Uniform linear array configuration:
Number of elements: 4
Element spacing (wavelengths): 0.75
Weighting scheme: hann
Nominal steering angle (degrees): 60
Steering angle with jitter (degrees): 58.166
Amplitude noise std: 0.05
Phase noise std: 0.05

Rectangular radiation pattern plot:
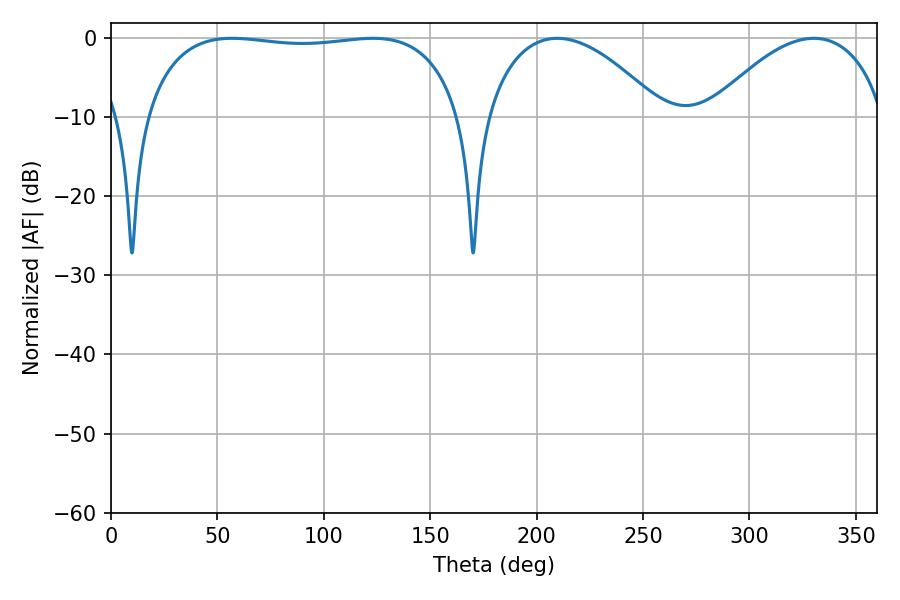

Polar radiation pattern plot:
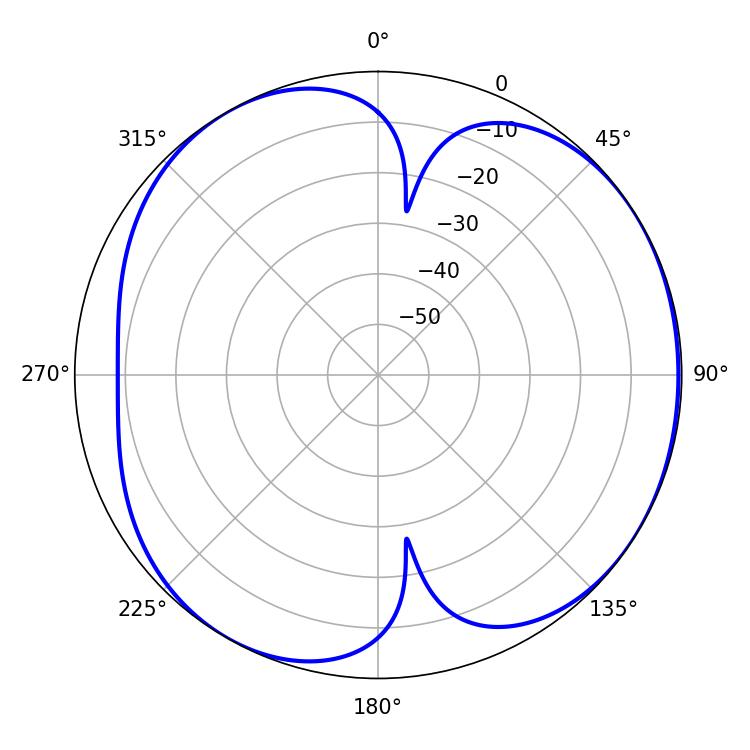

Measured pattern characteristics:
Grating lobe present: TRUE
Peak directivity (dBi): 4.969
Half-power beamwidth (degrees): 119.16
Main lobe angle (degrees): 56.88